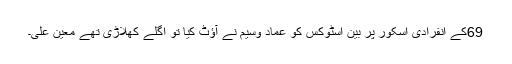
69کے انفرادی اسکور پر بین اسٹوکس کو عماد وسیم نے آؤٹ کیا تو اگلے کھلاڑی تھے معین علی۔